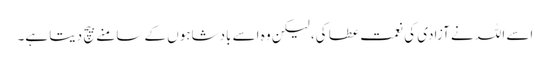
اسے اللہ نے آزادی کی نعمت عطا کی، لیکن وہ اسے بادشاہوں کے سامنے بیچ دیتا ہے۔